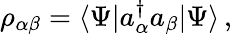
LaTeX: \rho_{\alpha\beta}=\langle\Psi|a_{\alpha}^{\dagger}a_{\beta}|\Psi\rangle\, ,